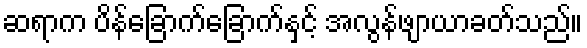
ဆရာက ပိန်ခြောက်ခြောက်နှင့် အလွန်ဖျာယာခတ်သည်။